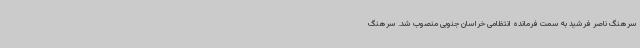
سرهنگ ناصر فرشید به سمت فرمانده انتظامی خراسان جنوبی منصوب شد. سرهنگ